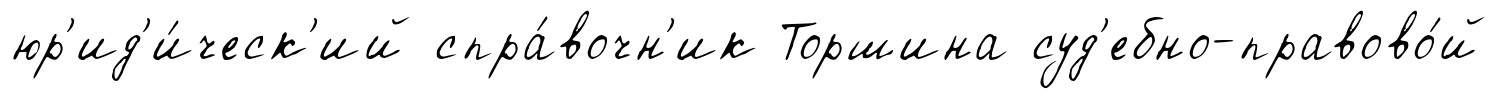
юр'ид'и́ческ'ий спра́вочн'ик Торшина суд'ебно-правово́й